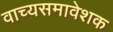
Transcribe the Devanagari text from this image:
वाच्यसमावेशक